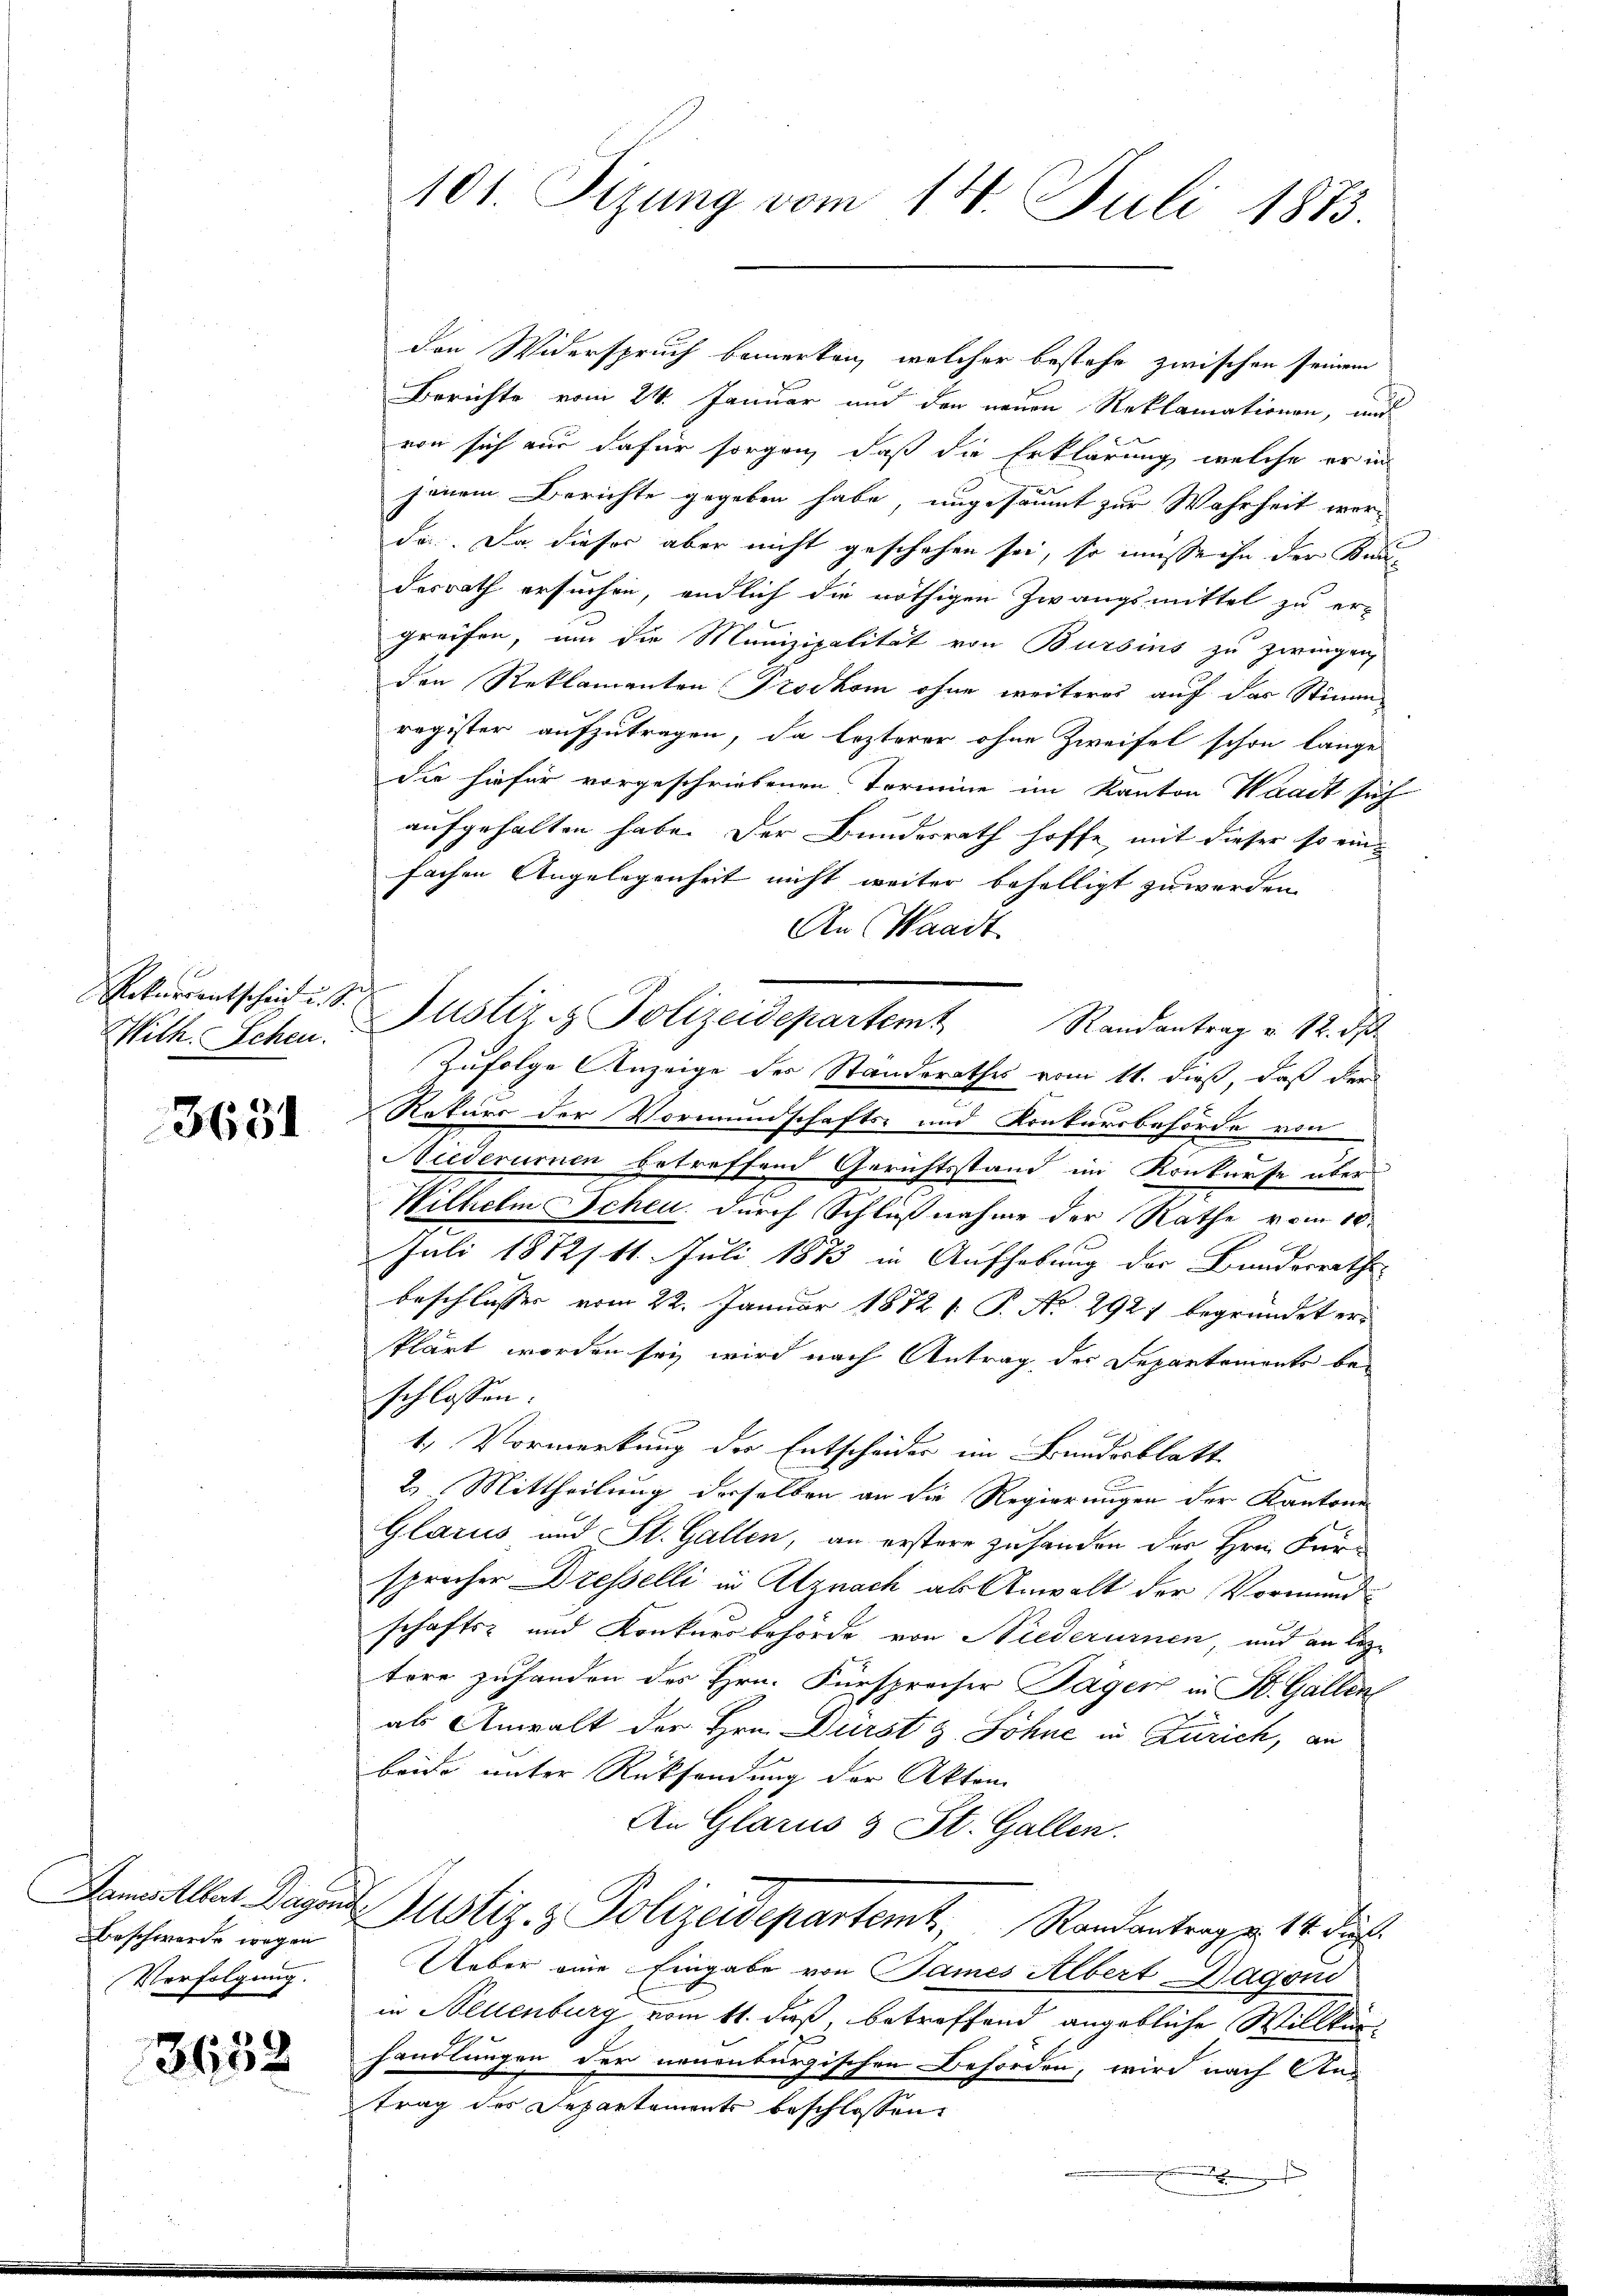
Rekurrentscheid u. s.

3651

Beschwerde wegen
Verfolgung.

28)
302

101. Sizung vom 14. Juli 1873.

den Widerspruch bemerken, welcher bestehe zwischen seinem
Berichte vom 24. Januar und der neuen Reklamationen, und
von sich nur dafür sorgen, daß die Erklärung welche er in
jenem Berichte gegeben habe, ungesäumt zur Wahrheit werda. Da dieser aber nicht geschehen sei, so müsse ihn der Kandesrath ersuchen, endlich die nöthigen Zwangsmittel zu ergreifen, um die Munizipalität von Bursins zu zwingen,
den Reklamanten Trodhom ohne weiteres auf das Stimm-
register aufzutragen, da lezterer ohne Zweifel schon lange
die hiefür vorgeschriebenen Termine im Kanton Waadt sich
aufgehalten habe. Der Bundesrath hoffe, mit dieser so ein-
fachen Angelegenheit nicht weiter behelligt zu werden.
An Waadt
With. Schen. Justiz & Polizeidepartemt Randantrag v. 12. ds
Zufolge Anzeige des Standerathes vom 11. dieß, daß der
Naturs der Vormundschafts- und Konkursbehörde von
Niederumen betreffend Gerichtsstand im Konkurse über
Wilhelm Scheu, durch Schlußnahme der Rathe vom 10.
Juli 1872/11. Juli 1883 in Aufhebung der Bundesrathe
beschlusser vom 22. Januar 1872 f. P. Nr. 2921 begründet erklärt worden sei, wird nach Antrag des Departemente beschlossen:
1.) Vormerkung des Entscheides im Bundesblatt
2. Mittheilung derselben an die Regierungen der Kantone
Glarus und St. Gallen, an erstere zu handen der Hrn. Fürsprecher Dresselli in Utznach als Anwalt der Vormundschafts- und Konkursbehörde von Niederurnen, und an leztere zuhanden des Hrn. Fürspreiser Tager in St. Gallen
als Anwalt der Hrn. Durst Johne in Zürich, an
beide unter Rücksendung der Akten
An Glarus & St. Gallen.
Damalat. Dasans Justiz & Polizeidepartemt, Randantrag u. 14. ds.
Ueber eine Eingabe von James Albert Hagend
in Neuenburg vom 11. daß, betreffend angebliche Willkür
handlungen der neuenburgischen Behörden, wird nach An-
trag des Departements beschlossen: